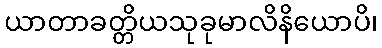
ယာတာခတ္တိယသုခုမာလိနိယောပိ၊